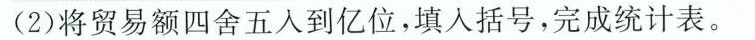
(2)将贸易额四舍五入到亿位，填入括号，完成统计表。